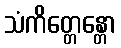
သံကိတ္တေန္တော